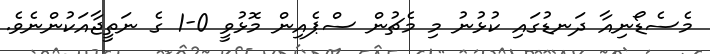
މެސެޑޯނިއާ ދަނޑުގައި ކުޅުނު މި މެޗުން ސްޕެއިން މޮޅުވީ 0-1 ގެ ނަތީޖާއަކުންނެވެ.